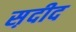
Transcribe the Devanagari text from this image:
स़दीद